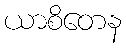
ယာစိတေန